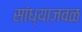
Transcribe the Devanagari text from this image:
सांध्याजवळ